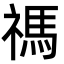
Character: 禡